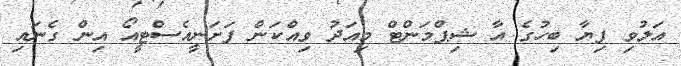
އަލުވި ފިޔާ ބިހުގެ އާ ޝިޕްމަންޓް މިއަދު ވިއްކަން ފަށަނީއެސްޓީއޯ އިން ގެނައި